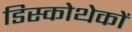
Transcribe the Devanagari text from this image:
डिस्कोथेकों